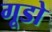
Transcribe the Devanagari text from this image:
गूडो